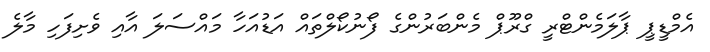
އެމްޑީޕީ ޕާލަމެންޓްރީ ގްރޫޕް މެންބަރުންގެ ފޯނުކޯލްތައް އަޑުއަހާ މައްސަލަ އާއި ވެށިފަހި މާލެ